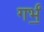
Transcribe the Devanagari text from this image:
गर्भं॒